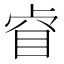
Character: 𱲲